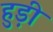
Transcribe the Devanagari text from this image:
हुड़ी